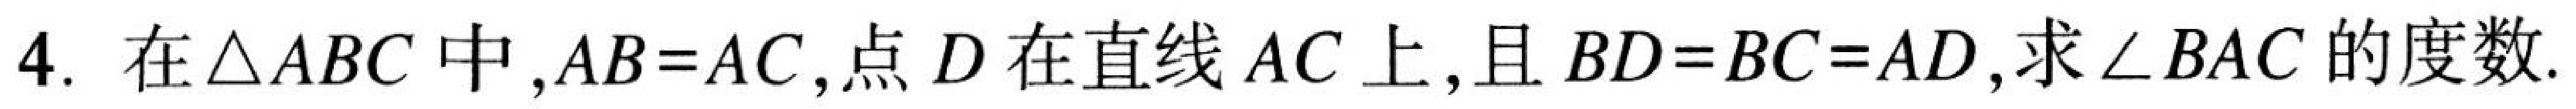
4. 在\(\triangle ABC\)中，\(AB = AC\)，点\(D\)在直线\(AC\)上，且\(BD = BC = AD\)，求\(\angle BAC\)的度数.